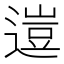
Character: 𨕰